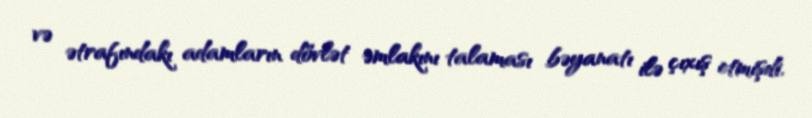
və ətrafındakı adamların dövlət əmlakını talaması bəyanatı ilə çıxış etmişdi.